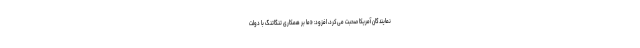
نمایندگان آمریکا صحبت می‌کرد، افزود: «ما بر همکاری تنگاتنگ با دولت